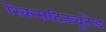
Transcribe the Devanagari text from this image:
रिक्न्सटिट्यूटेड